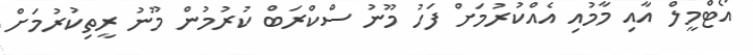
އޯޓްމީލް އާއި މާމުއި އެއްކުރުމަށް ފަހު މޫނު ސްކްރަބް ކުރުމުން މޫނު ރީތިކުރުމަށް